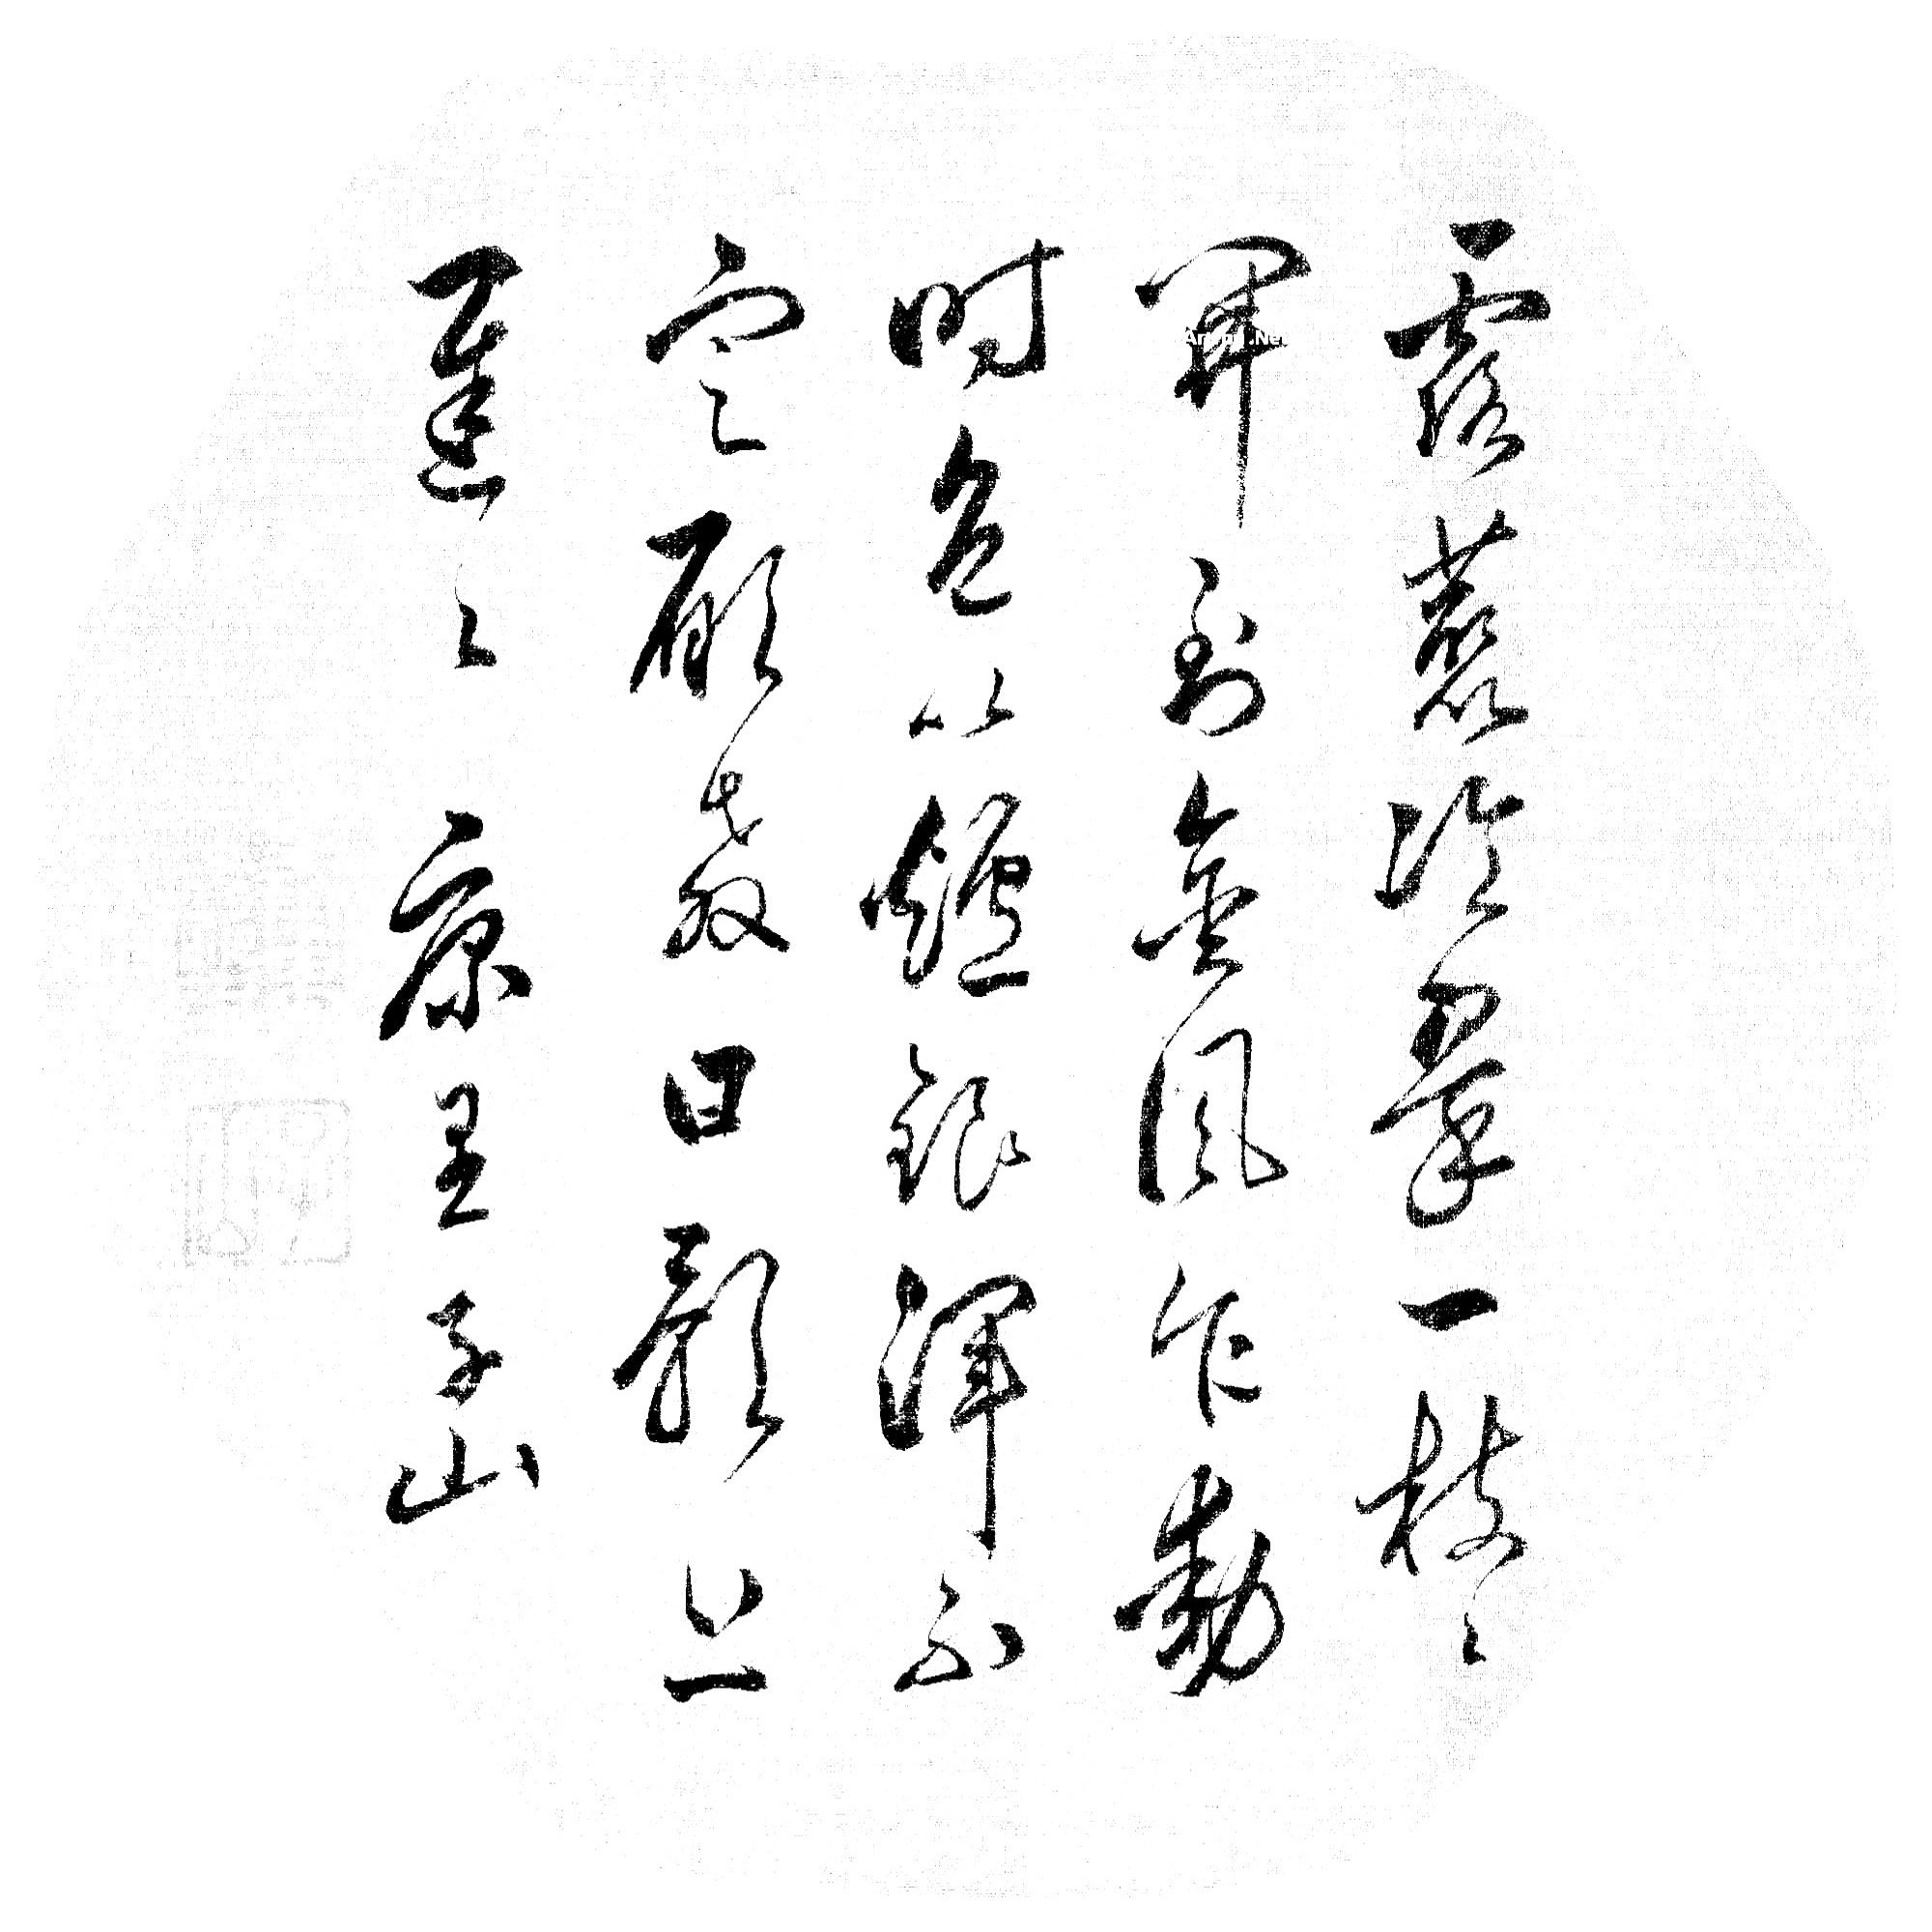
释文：露蕊冷翠一枝枝，开到金风乍动时。色一炉银浑不定，愿教日影上迟迟。康里子山